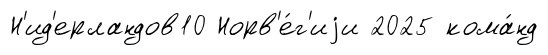
Н'ид'ерландов10 Норв'е́г'иjи 2025 кома́нд